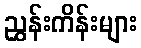
ညွှန်းကိန်းများ